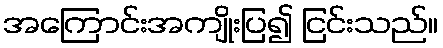
အကြောင်းအကျိုးပြ၍ ငြင်းသည်။